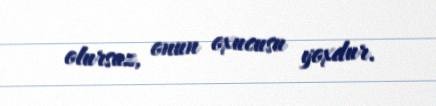
olursuz, onun oxucusu yoxdur.